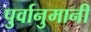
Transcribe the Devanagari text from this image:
पुर्वानुमानी